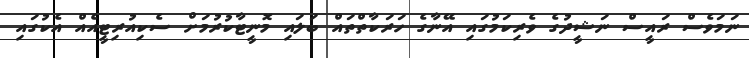
ނަމަވެސް ރައީސް ނަޝީދުގެ ވެރިކަމުގައި އޭނާގެ ހަރަކާތްތައް ބަލައި މޮނީޓާކުރުމަށް ސެކިއުރިޓީއެއް އެކުގައި